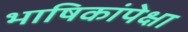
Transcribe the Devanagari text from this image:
भाषिकांपेक्षा